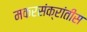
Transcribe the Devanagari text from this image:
मकरसंक्रांतीस